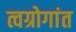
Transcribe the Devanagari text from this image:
त्वग्रोगांत